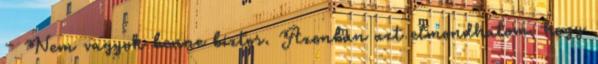
– Nem vagyok benne biztos. Azonban azt elmondhatom, hogy